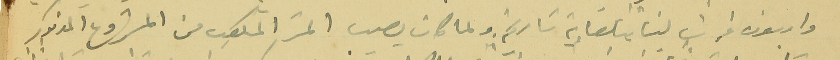
واربعون غرشا لبنانيًا لغاية تاريخه. ولما كان يصيب المتر المكعب من المشروع المذكور